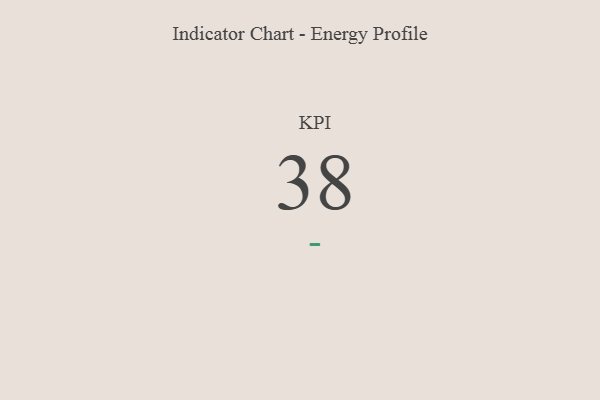
{"axis": {"x": "KPI", "y": "Value"}, "legend": [""], "data": [{"x": "KPI", "y": 38, "type": ""}]}